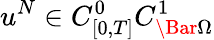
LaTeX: u^{N}\in C_{[0,T]}^{0}C_{\Bar{\Omega}}^{1}